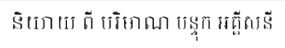
និយាយ ពី បរិមាណ បន្ទុក អគ្គីសនី